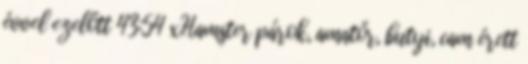
évvel ezelőtt 43:54 xHamster párok, amatőr, butyi, cam érett